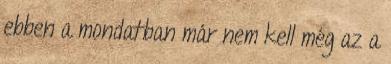
ebben a mondatban már nem kell még az a